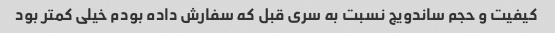
کیفیت و حجم ساندویج نسبت به سری قبل که سفارش داده بودم خیلی کمتر بود